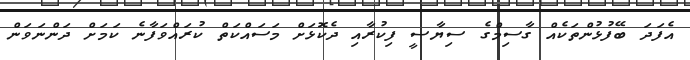
އެފަދަ ބޭފުޅުންތަކެއް ގާސިމްގެ ސިޔާސީ ފިކުރާއި ދެކޮޅަށް މަސައްކަތް ކުރައްވަފާނެ ކަމަށް ދަންނަވަން